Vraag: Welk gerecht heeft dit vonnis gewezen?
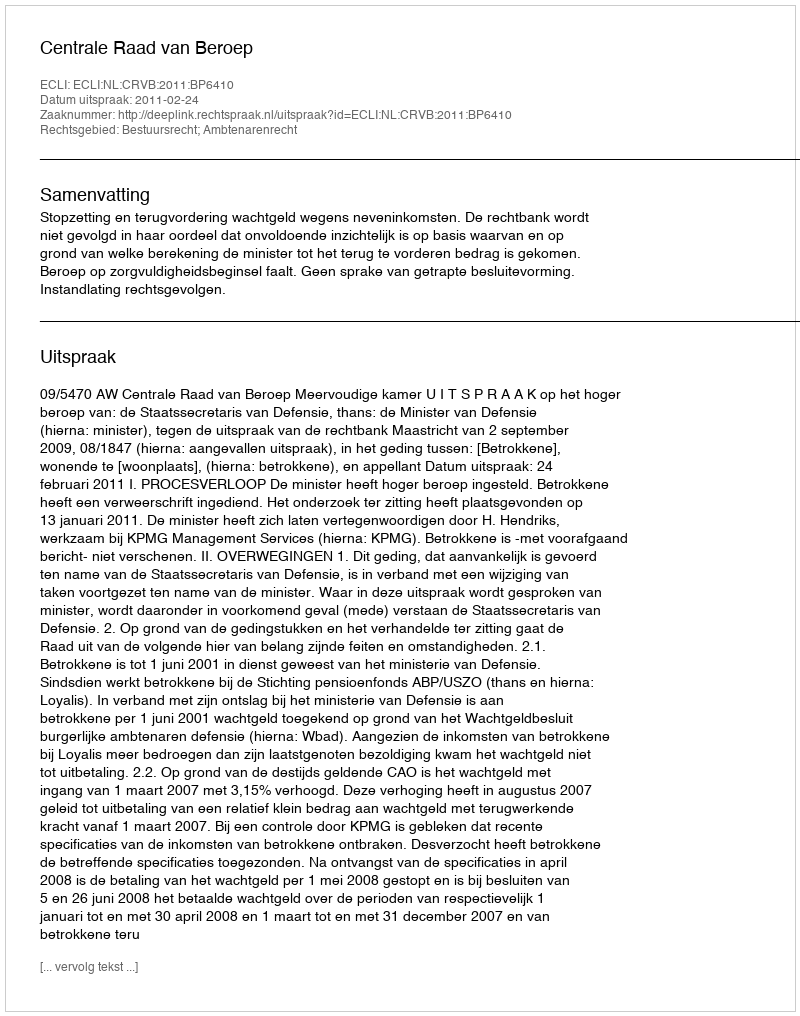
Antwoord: Centrale Raad van Beroep